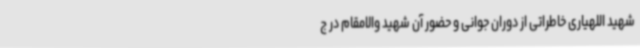
شهید اللهیاری خاطراتی از دوران جوانی و حضور آن شهید والامقام در ج